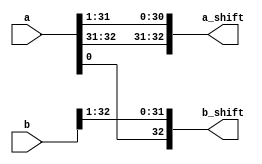
module shift(
            input [bits:0] a,
            input [bits:0] b,
            output [bits:0] a_shift,
            output [bits:0] b_shift
    );
    parameter bits = 32;
    
    reg [bits:0] a_shift_reg;
    reg [bits:0] b_shift_reg;
    
    always @(a or b)
    begin
        a_shift_reg = {a[bits:bits-1],a[bits-1],a[bits-2:1]};
        b_shift_reg = {a[0],b[bits:1]};
    end
    
    assign a_shift = a_shift_reg;
    assign b_shift = b_shift_reg;
    
endmodule